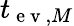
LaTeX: t_{\mathrm{~e~v~},M}